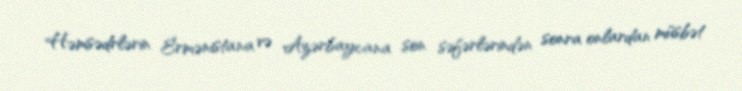
Həmsədrlərin Ermənistana və Azərbaycana son səfərlərindən sonra onlardan müsbət